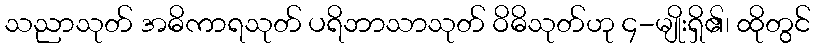
သညာသုတ် အဓိကာရသုတ် ပရိဘာသာသုတ် ဝိဓိသုတ်ဟု ၄-မျိုးရှိ၏၊ ထိုတွင်